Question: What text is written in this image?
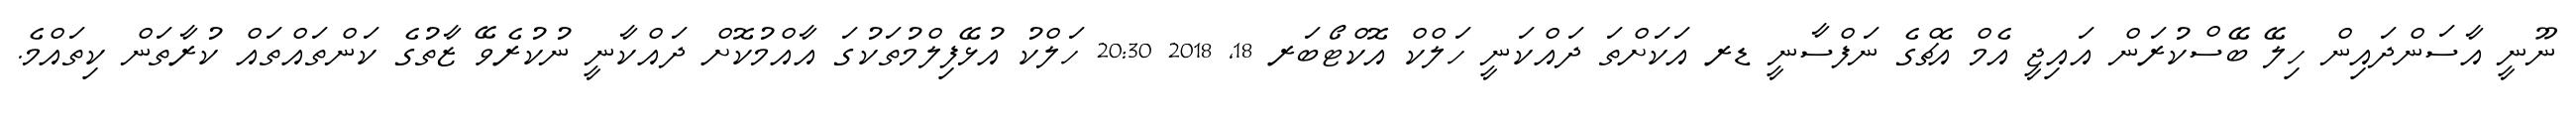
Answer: ނޫނީ އާސަންދައިން ހިލޭ ބޭސްކުރަން އައިޖީ އެމް އެޗްގެ ނަފްސާނީ ޑރ އަކަށްތަ ދައްކަނީ ހަލްކް އޮކްޓޯބަރ 18, 2018 20:30 ހަލްކު އުޅޭފިލްމުތަކުގަ އާއްމުކޮށް ދައްކާނީ ނުކުރެވޭ ޒާތުގެ ކަންތައްތައް ކުރާތަން ކިތައްމެ.